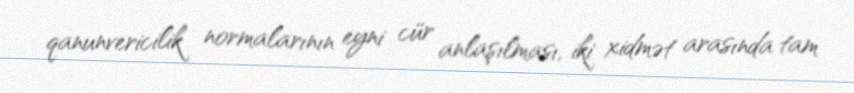
qanunvericilik normalarının eyni cür anlaşılması, iki xidmət arasında tam